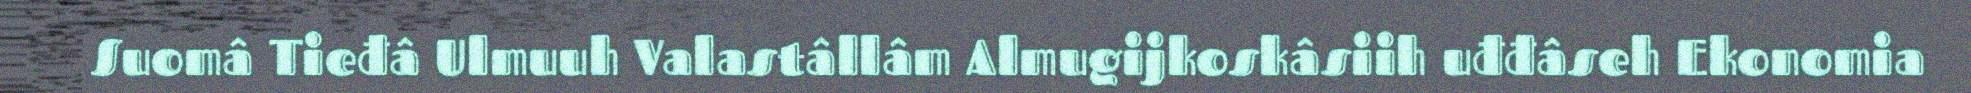
Suomâ Tieđâ Ulmuuh Valastâllâm Almugijkoskâsiih uđđâseh Ekonomia